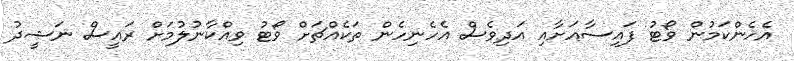
އެހެންކަމުން ވޯޓު ފައިސާއަށާއި އަދިވެސް އެހެނިހެން ތަކެއްޗަށް ވޯޓު ވިއްކާނުލުމަށް ރައީސް ނަޝީދު